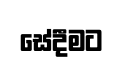
සේදීමට